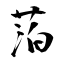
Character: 萡